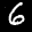
Label: 6